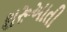
શરૂઆતી